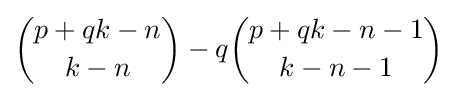
{\binom {p+qk-n}{k-n}}-q{\binom {p+qk-n-1}{k-n-1}}